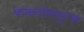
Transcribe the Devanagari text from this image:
कफदोषदूरक